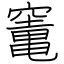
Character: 竃